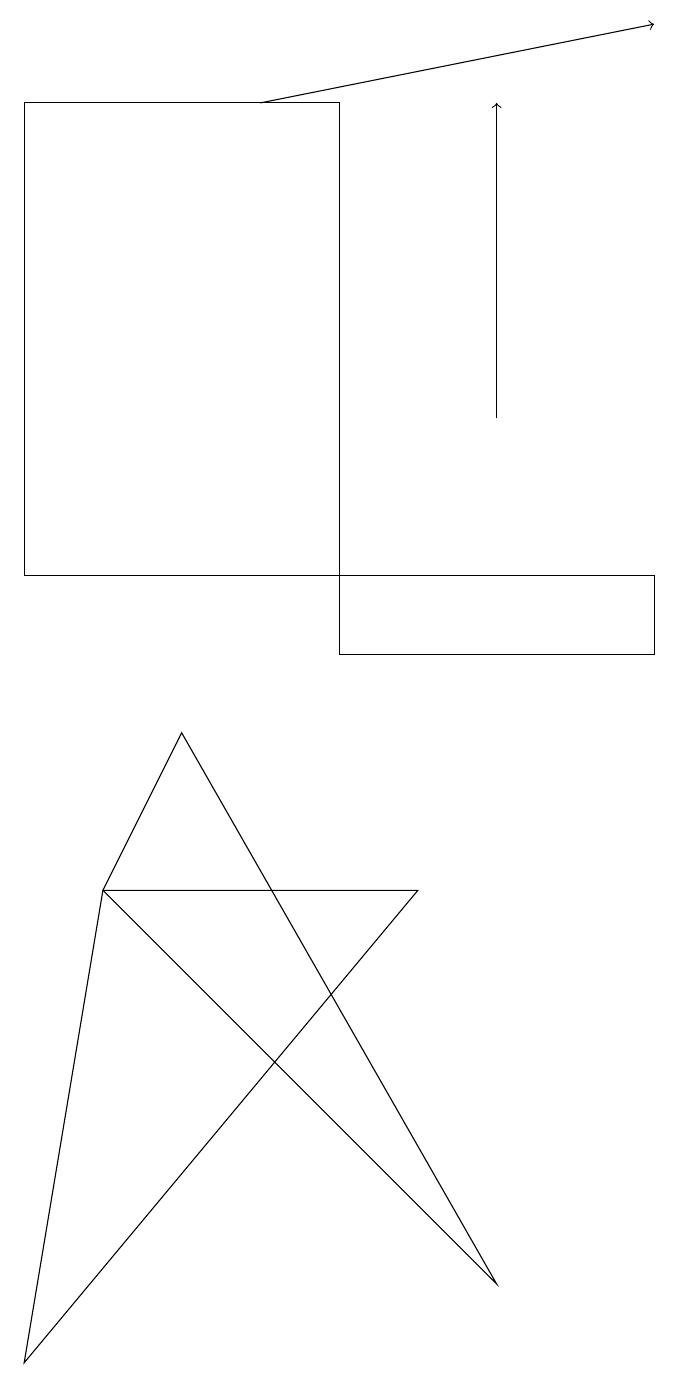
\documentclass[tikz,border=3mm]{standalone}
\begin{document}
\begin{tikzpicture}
\draw[->] (7,13) -- (7,17);
\draw (7,2) -- (3,9) -- (2,7) -- cycle;
\draw[->] (4,17) -- (9,18);
\draw (9,11) rectangle (5,10);
\draw (6,7) -- (2,7) -- (1,1) -- cycle;
\draw (1,11) rectangle (5,17);
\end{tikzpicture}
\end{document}